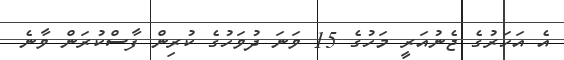
އެ އަހަރުގެ ޖެނުއަރީ މަހުގެ 15 ވަނަ ދުވަހުގެ ކުރިން ފާސްކުރަން ވާނެ